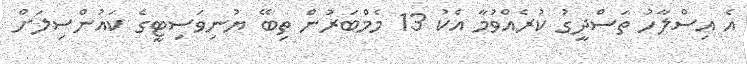
އެ އިސްލާހު ތަސްދީގު ކުރެއްވުމާ އެކު 13 މެމްބަރުން ތިބޭ ޔުނިވަސިޓީގެ ކައުންސިލަށް